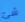
شئ